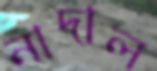
নাদাল